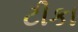
ટીકા